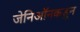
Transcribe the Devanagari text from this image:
जेनिऑनकडून